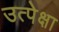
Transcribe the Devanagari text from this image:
उत्पेक्षा